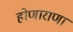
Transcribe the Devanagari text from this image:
होणाराणा